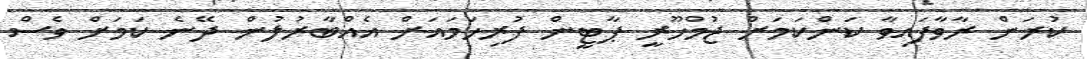
ކުރަން ރާވާފައިވާ ކަންކަމަށް ޖުމްހޫރީ ޕާޓީން ފުރިހަމައަށް އެއްބާރުލުން ދޭނެ ކަމަށް ވެސް